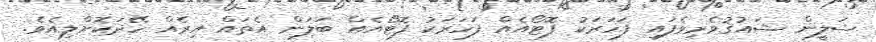
ޝަލީން ޝައުޤުވެރިވެފައި ފަހަރަކު ފޮޓޯއެއް ފަހަރަކު ފޮޓޯއެއް ބަލަން އެތައް އިރެއް ހޭދަކޮށްލިއެވެ.